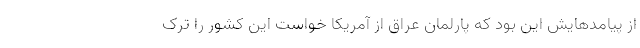
از پیامدهایش این بود که پارلمان عراق از آمریکا خواست این کشور را ترک